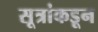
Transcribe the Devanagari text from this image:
सूत्रांकडून